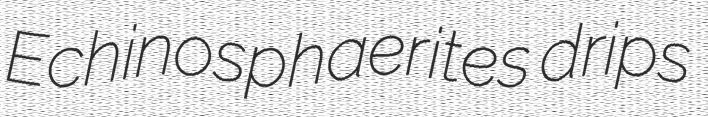
Echinosphaerites drips